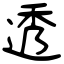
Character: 透